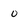
Character: o